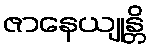
ဇာနေယျုန္တိ